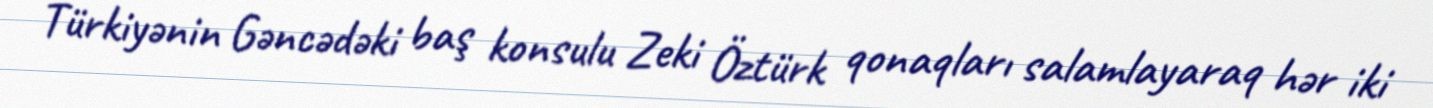
Türkiyənin Gəncədəki baş konsulu Zeki Öztürk qonaqları salamlayaraq hər iki